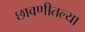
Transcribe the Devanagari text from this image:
छावणीतल्या